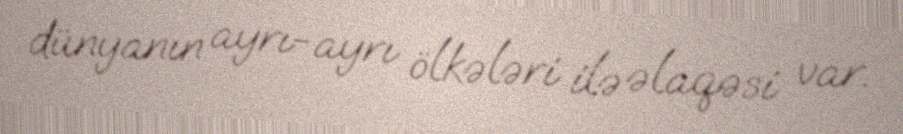
dünyanın ayrı-ayrı ölkələri ilə əlaqəsi var.